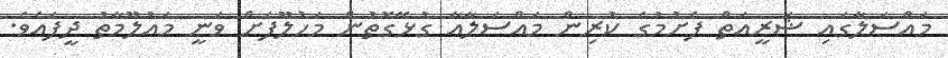
މައްސަލާގައި ޝަރީއަތް ފެށުމުގެ ކުރިން މައްސަލާއާ ގުޅޭގޮތުން މަހުލޫފަށް ވަނީ މައުލޫމާތު ދީފައެވެ.